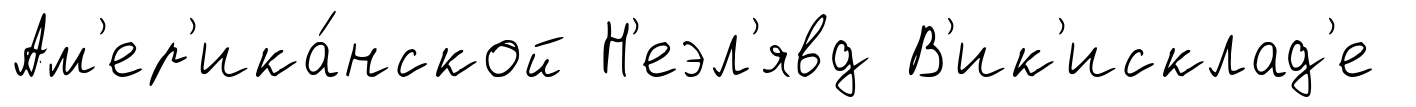
Ам'ер'ика́нской Н'еэл'явд В'ик'исклад'е